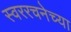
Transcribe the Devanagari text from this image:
स्वररचनेच्या